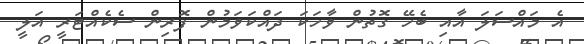
އެ މައްސަލަ އާއި ބެހޭ ގޮތުން ވާހަކަ ދައްކަވަމުން ފޮރިން ސެކެއްޓަރީ އަލީ